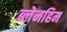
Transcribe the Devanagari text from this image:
ब्लेनहिम